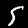
Digit: 5